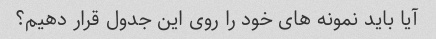
آیا باید نمونه های خود را روی این جدول قرار دهیم؟